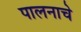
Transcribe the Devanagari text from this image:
पालनाचे